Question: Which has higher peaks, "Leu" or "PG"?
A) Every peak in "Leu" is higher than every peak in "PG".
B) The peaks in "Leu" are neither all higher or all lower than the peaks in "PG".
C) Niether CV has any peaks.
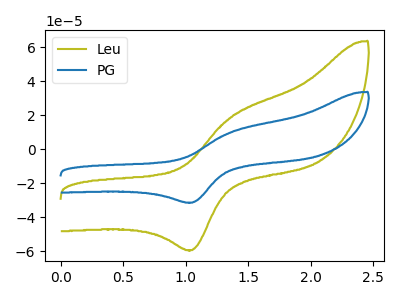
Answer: <think>The olive curve "Leu" has an anodic peak at (1.35V, 18.95uA) and a cathodic peak at (1.05V, -59.40uA). The blue curve "PG" has an anodic peak at (1.35V, 10.05uA) and a cathodic peak at (1.05V, -31.45uA).</think>
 <answer>A) Every peak in "Leu" is higher than every peak in "PG".</answer>
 <eval>A</eval>